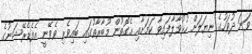
ވަނަ ދުވަހުގެ ނިޔަލަށް ހުޅުވާލާފައިވާ ކަމަށާއި އެގޮތުން މުބާރާތުގައި ބައިވެރި ވެވޭނީ އެފެޑެރޭޝަނުގެ